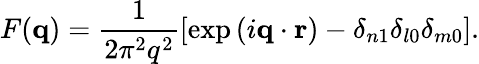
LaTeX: F(\mathbf{q})=\frac{1}{2\pi^{2}q^{2}}\left[\exp{(i\mathbf{q}\cdot\mathbf{r})}-\delta_{n1}\delta_{l0}\delta_{m0}\right].